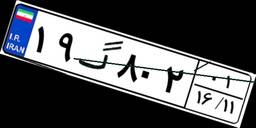
۱۹گ۸۰۲۰۱